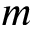
m